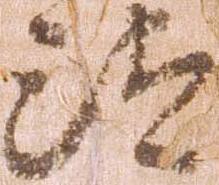
汰